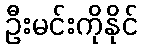
ဦးမင်းကိုနိုင်